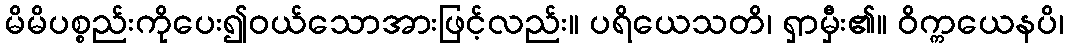
မိမိပစ္စည်းကိုပေး၍ဝယ်သောအားဖြင့်လည်း။ ပရိယေသတိ၊ ရှာမှီး၏။ ဝိက္ကယေနပိ၊